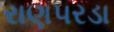
રાણપરડા